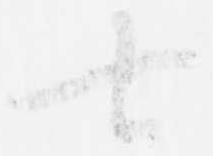
七